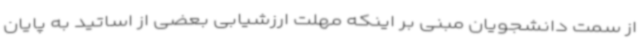
از سمت دانشجویان مبنی بر اینکه مهلت ارزشیابی بعضی از اساتید به پایان